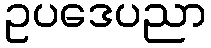
ဥပဒေပညာ